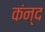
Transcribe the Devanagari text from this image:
कंन्द